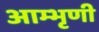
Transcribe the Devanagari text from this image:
आम्भृणी